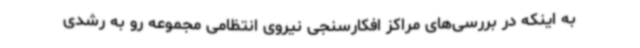
به اینکه در بررسی‌های مراکز افکارسنجی نیروی انتظامی مجموعه رو به رشدی